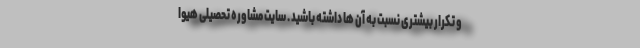
و تکرار بیشتری نسبت به آن ها داشته باشید . سایت مشاوره تحصیلی هیوا